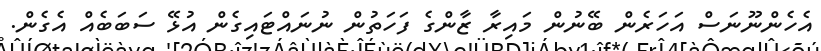
އެހެންނޫނަސް އަހަރެން ބޭނުން މައިރާ ޒާންގެ ފަހަތުން ނުނައްޓައިގެން އުޅޭ ސަބަބެއް އެގެން.